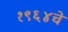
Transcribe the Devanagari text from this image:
१९६४चे